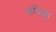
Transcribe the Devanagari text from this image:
संधिश्लूा